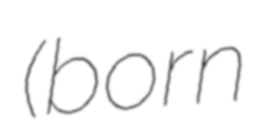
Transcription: (born